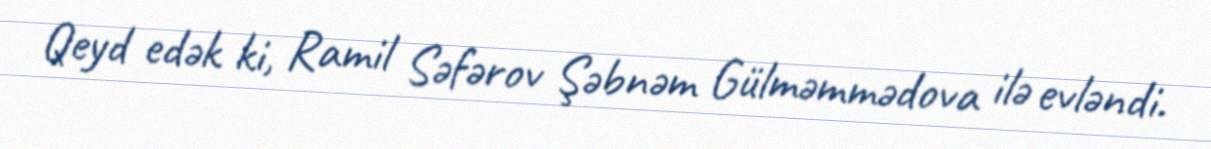
Qeyd edək ki, Ramil Səfərov Şəbnəm Gülməmmədova ilə evləndi.